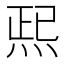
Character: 𱫆